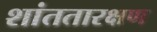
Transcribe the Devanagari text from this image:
शांततारक्षण